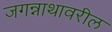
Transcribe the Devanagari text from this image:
जगन्नाथावरील